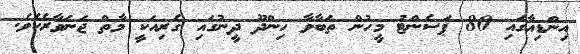
އިންޑިއާގައި 80 ޕަސެންޓު މީހުން ތަބާވާ ހިންދޫ ދީނުގައި ގެރިއަކީ މާތް ޖަނަވާރެކެވެ.